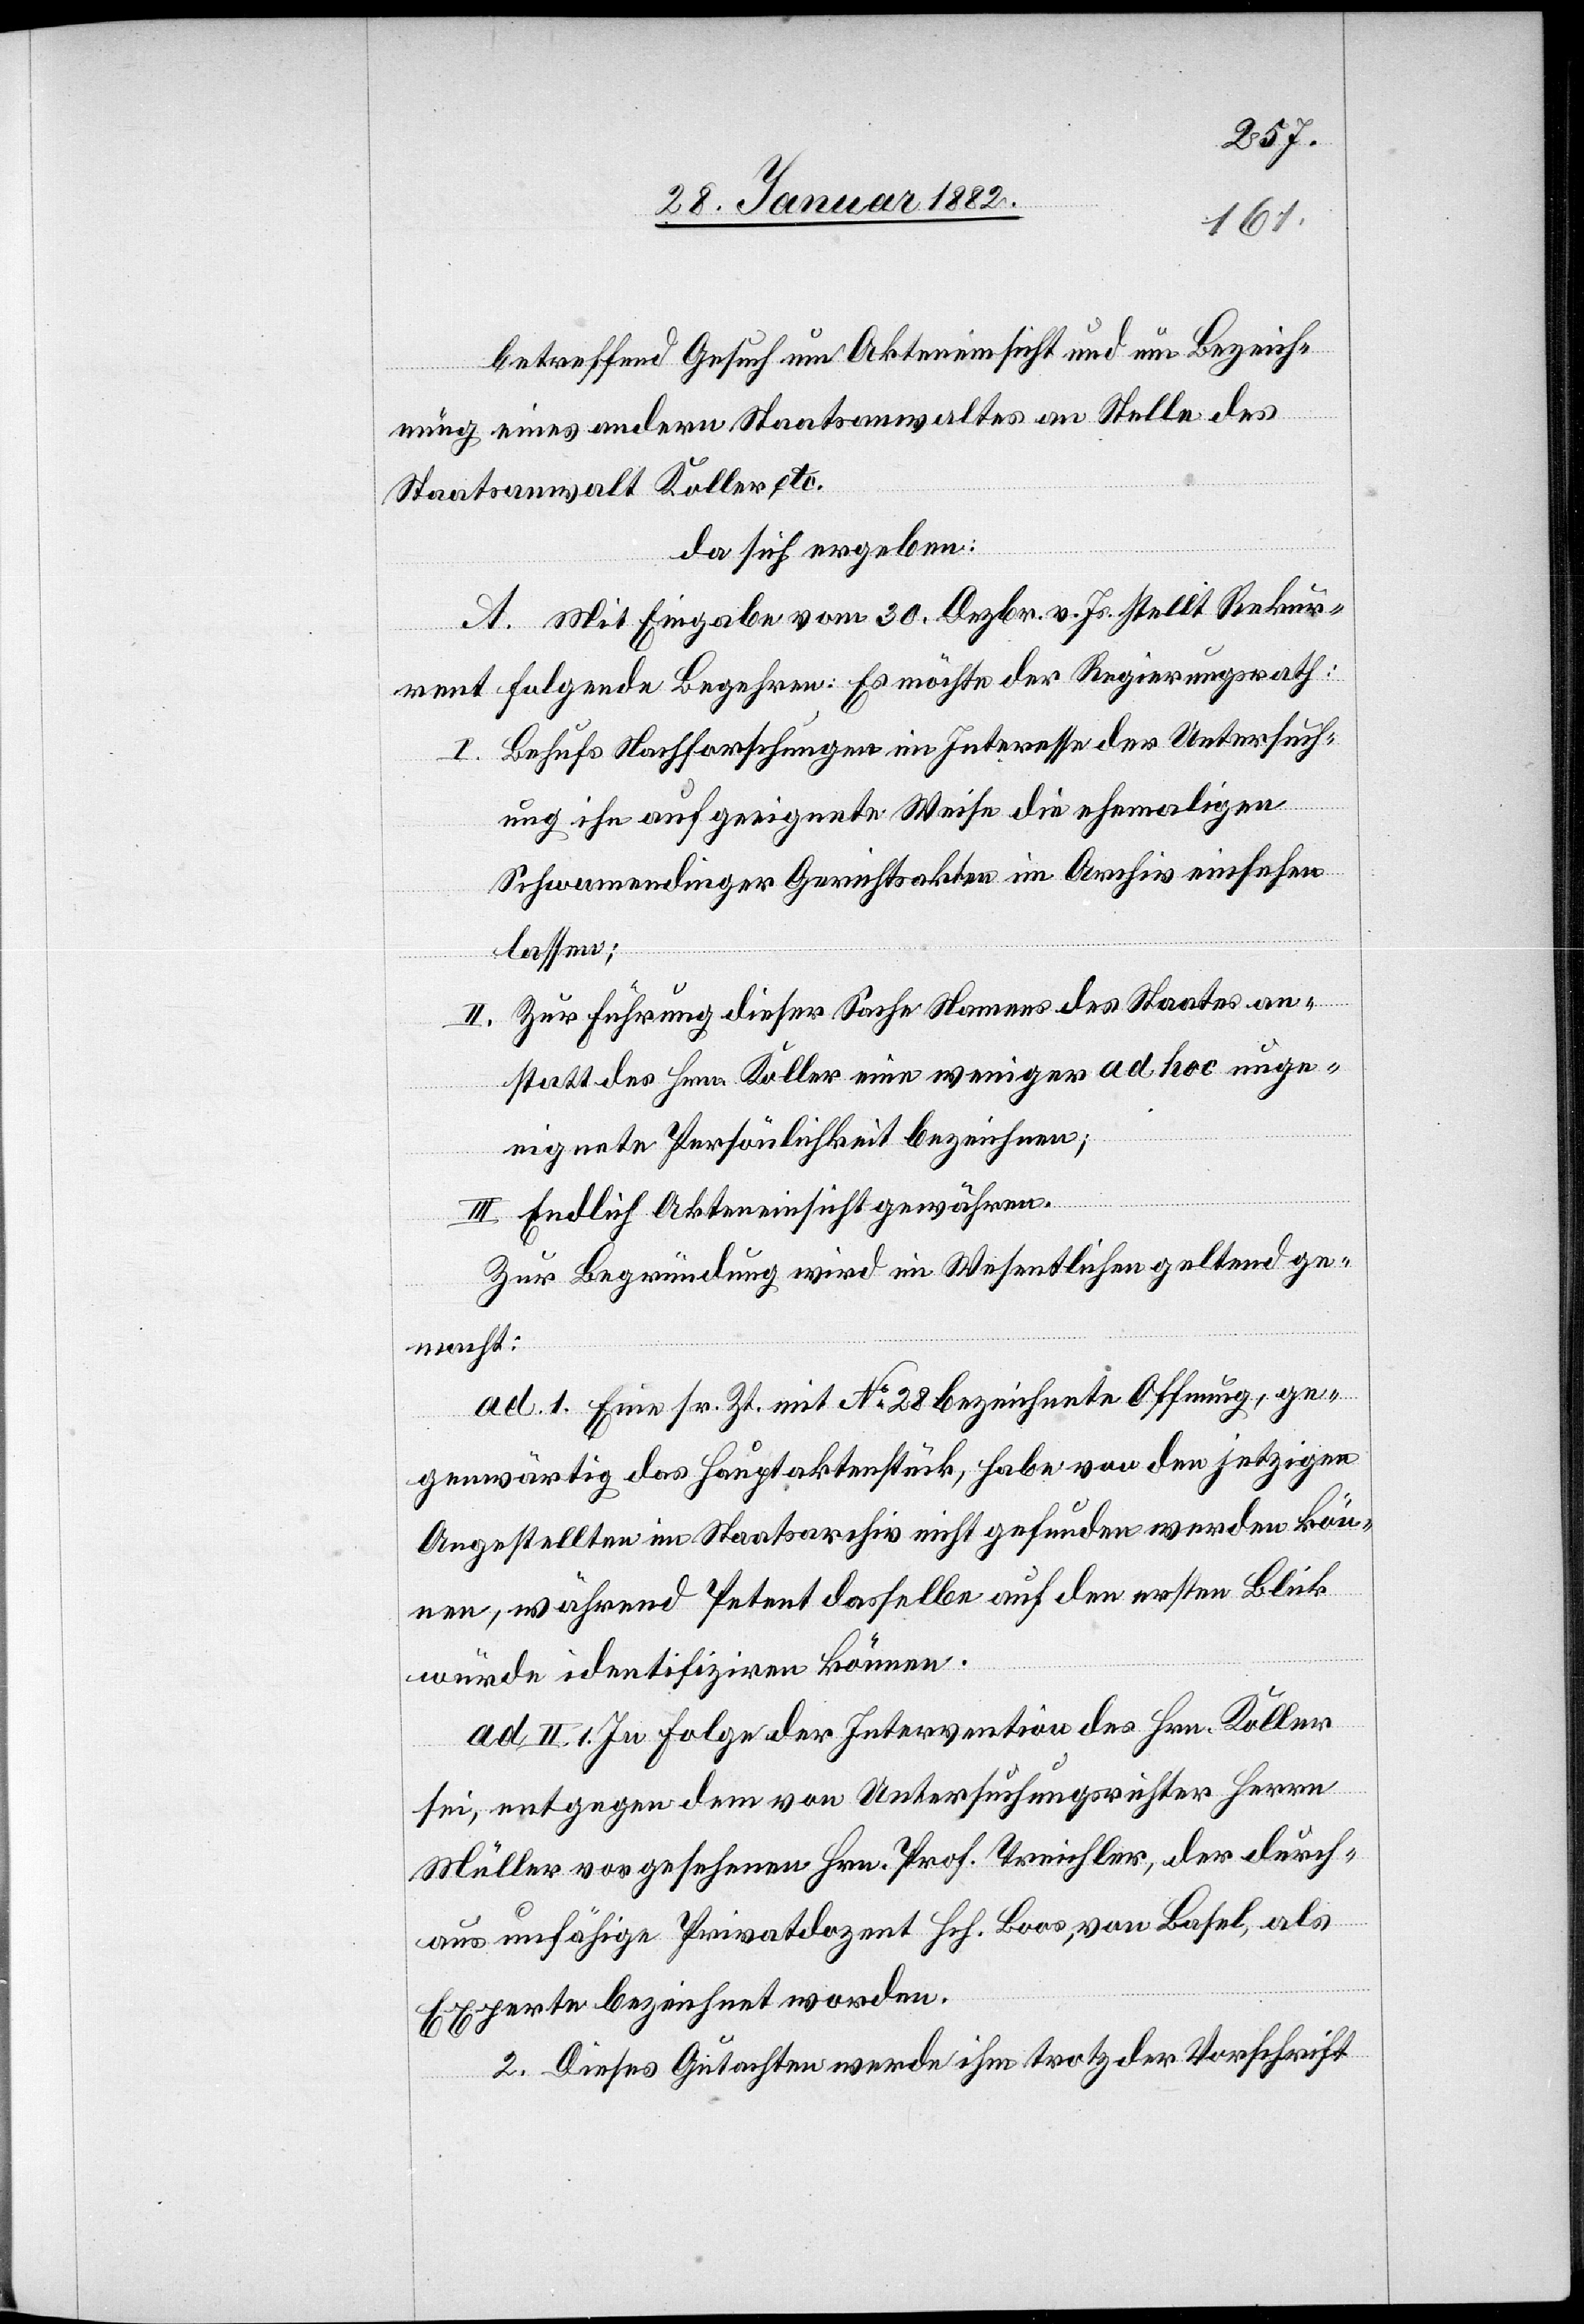
betreffend Gesuch um Akteneinsicht und um Bezeich¬
1.
nung eines andern Staatsanwaltes an Stelle des
Staatsanwalt Koller etc.
da sich ergeben:
A. Mit Eingabe vom 30. Dezbr. Js. stellt Rekur¬
rent folgende Begehren: Es möchte der Regierungsrath:
I. Behufs Nachforschungen im Interesse der Untersuch¬
ung ihn auf geeignete Weise die ehemaligen
Schwammedinger Gerichtsakten im Archiv einsehen
lassen;
Zur Führung dieser Sache Nahmens des Staates an¬
statt des Hrn. Koller eine weniger ad hoc unge¬
eignete Persönlichkeit bezeichnen;
ad.
III. Endlich Akteneinsicht gewähren.
Zur Begründung wird im Wesentlichen geltend ge¬
macht:
I.] Eine sr. Zt. mit No 28 bezeichnete Offnung, ge¬
genwärtig das Hauptaktenstück, habe von den jetzigen
Angestellten im Staatsarchiv nicht gefunden werden kön¬
nen, während Petent dasselbe auf den ersten Blick
würde identifizieren können.
ad. II 1. In Folge der Intervention des Hrn. Koller
sei, entgegen dem von Untersuchungsrichter Herrn
Müller vorgesehenen Hrn. Prof. Treichler, der durch¬
aus unfähige Privatdozent Hch. Boos, von Basel, als
Experten bezeichnet worden.
2. Dieses Gutachten werde ihm trotz der Vorschrift